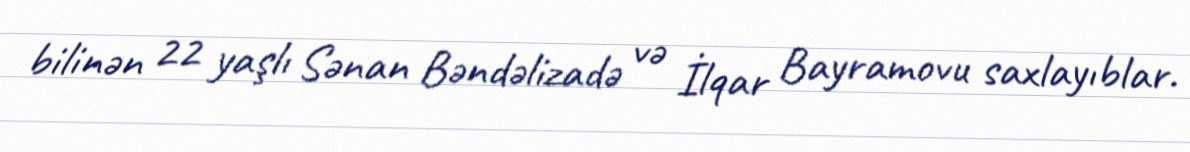
bilinən 22 yaşlı Sənan Bəndəlizadə və İlqar Bayramovu saxlayıblar.